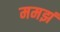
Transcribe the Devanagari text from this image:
ममझं